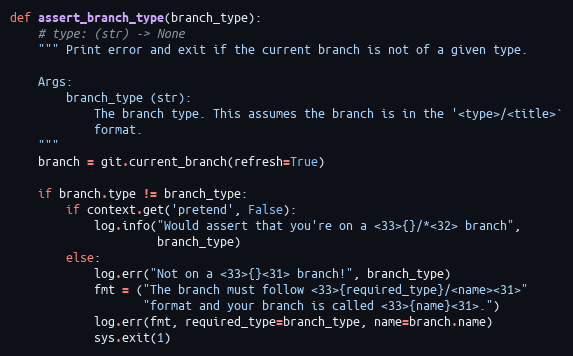
Language: Python
def assert_branch_type(branch_type):
    # type: (str) -> None
    """ Print error and exit if the current branch is not of a given type.

    Args:
        branch_type (str):
            The branch type. This assumes the branch is in the '<type>/<title>`
            format.
    """
    branch = git.current_branch(refresh=True)

    if branch.type != branch_type:
        if context.get('pretend', False):
            log.info("Would assert that you're on a <33>{}/*<32> branch",
                     branch_type)
        else:
            log.err("Not on a <33>{}<31> branch!", branch_type)
            fmt = ("The branch must follow <33>{required_type}/<name><31>"
                   "format and your branch is called <33>{name}<31>.")
            log.err(fmt, required_type=branch_type, name=branch.name)
            sys.exit(1)